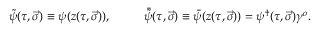
\tilde { \psi } ( \tau , \vec { \sigma } ) \equiv \psi ( z ( \tau , \vec { \sigma } ) ) , ~ ~ ~ ~ ~ ~ ~ ~ { \bar { \tilde { \psi } } } ( \tau , \vec { \sigma } ) \equiv \bar { \psi } ( z ( \tau , \vec { \sigma } ) ) = \psi ^ { \dagger } ( \tau , \vec { \sigma } ) \gamma ^ { o } .